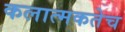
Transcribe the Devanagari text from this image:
कलात्मकतेच